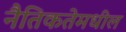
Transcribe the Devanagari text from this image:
नैतिकतेमधील